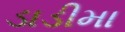
ડાડીમા